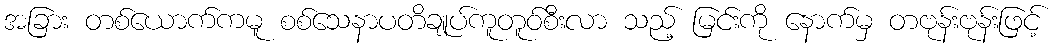
အခြား တစ်ယောက်ကမူ စစ်သေနာပတိချုပ်ကူတူဝ်စီးလာ သည့် မြင်းကို နောက်မှ တဗုန်းဗုန်းဖြင့်